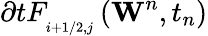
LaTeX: \partial tF_{_{i+1/2,j}}^{{}}\left({{\mathbf{W}}^{n}},{{t}_{n}}\right)